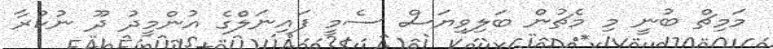
މަމިޗް ބުނީ މި މެޗުން ބަލިވިޔަސް ސެމީ ފައިނަލްެގެ އުންމީދު ދޫ ނުކުރާ